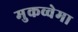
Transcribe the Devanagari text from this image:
मुकव्वेमा